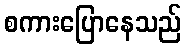
စကားပြောနေသည်